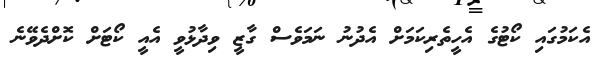
އެކަމުގައި ކޯޓުގެ އެހީތެރިކަމަށް އެދުނު ނަމަވެސް ގާޒީ ވިދާޅުވީ އެއީ ކޯޓަށް ކޮށްދެވޭނެ